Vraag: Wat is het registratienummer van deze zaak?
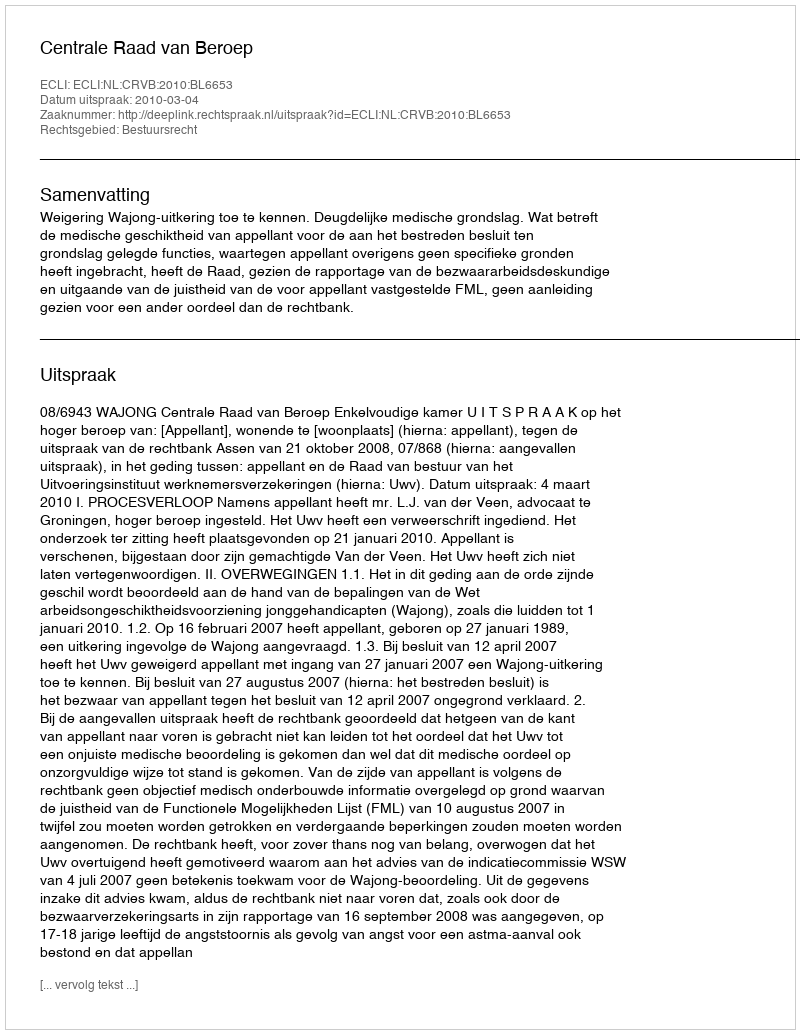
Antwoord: http://deeplink.rechtspraak.nl/uitspraak?id=ECLI:NL:CRVB:2010:BL6653